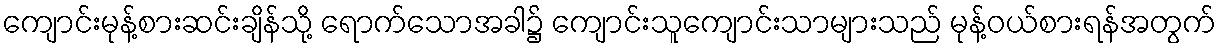
ကျောင်းမုန့်စားဆင်းချိန်သို့ ရောက်သောအခါ၌ ကျောင်းသူကျောင်းသာများသည် မုန့်ဝယ်စားရန်အတွက်